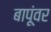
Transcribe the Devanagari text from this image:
बापूंवर